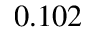
0 . 1 0 2